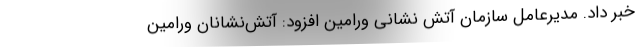
خبر داد. مدیرعامل سازمان آتش نشانی ورامین افزود: آتش‌نشانان ورامین